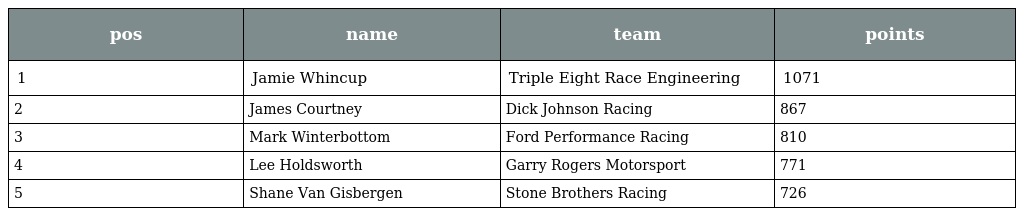
| pos | name | team | points |
 | --- | --- | --- | --- |
 | 1 | Jamie Whincup | Triple Eight Race Engineering | 1071 |
 | 2 | James Courtney | Dick Johnson Racing | 867 |
 | 3 | Mark Winterbottom | Ford Performance Racing | 810 |
 | 4 | Lee Holdsworth | Garry Rogers Motorsport | 771 |
 | 5 | Shane Van Gisbergen | Stone Brothers Racing | 726 |